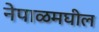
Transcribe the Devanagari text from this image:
नेपाळमघील